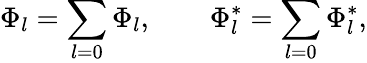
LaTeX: \Phi_{l}=\sum_{l=0}\Phi_{l},\qquad\Phi_{l}^{\ast}=\sum_{l=0}\Phi_{l}^{\ast},